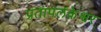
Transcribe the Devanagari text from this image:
प्रतापलंकेश्वर